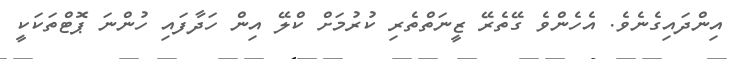
އިންދައިގެނެވެ. އެހެންވެ ގޭތެރޭ ޒީނަތްތެރި ކުރުމަށް ކްލޭ އިން ހަދާފައި ހުންނަ ޕޮޓްތަކަކީ